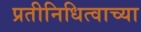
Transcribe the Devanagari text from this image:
प्रतीनिधित्वाच्या